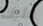
عليك